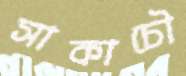
সাকাচৌ